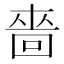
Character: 嗇